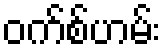
ဝက်စ်ဟမ်း